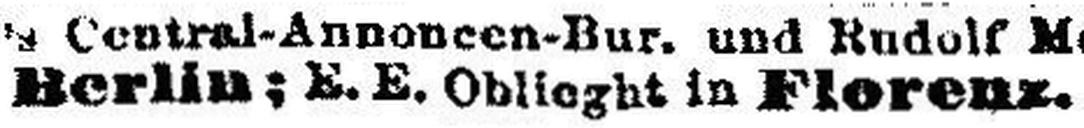
Berlin; E. E. Oblieght in Florenz.